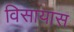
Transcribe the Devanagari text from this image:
विसायास